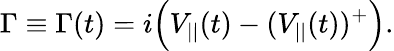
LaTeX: \Gamma\equiv\Gamma(t)=i\Big(V_{||}(t)-(V_{||}(t))^{+}\Big).